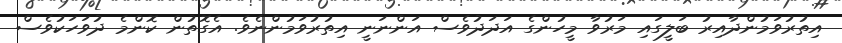
އިތުރުވަމުންދާއިރު ބަލީގައި މަރުވާ މީހުންގެ އަދަދުވެސް އަންނަނީ އިތުރުވަމުންނެވެ. އެގޮތުން ކޮންމެ ދުވަހަކުވެސް